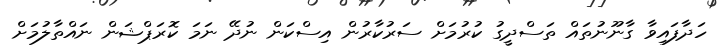
ހަދާފައިވާ ގާނޫނުތައް ތަސްދީގު ކުރުމަށް ސަރުކާރުން އިސްކަން ނުދޭ ނަމަ ކޮރަޕްޝަން ނައްތާލުމަށް